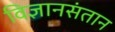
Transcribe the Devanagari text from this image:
विज्ञानसंतान